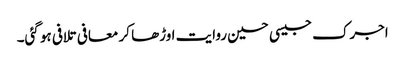
اجرک جیسی حسین روایت اوڑھا کر معافی تلافی ہو گئی۔